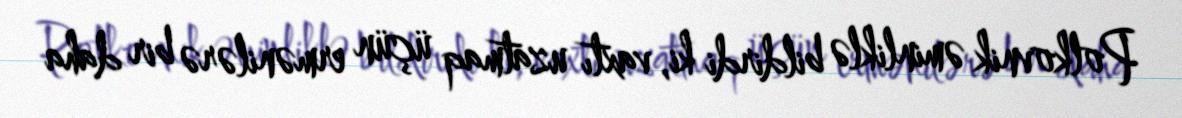
Polkovnik əminliklə bildirdi ki, vaxtı uzatmaq üçün ermənilərə bir daha